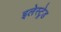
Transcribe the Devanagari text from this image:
इलेस्ट्रेड